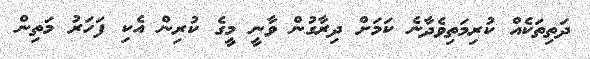
ދަތިތަކެއް ކުރިމަތިވެދާނެ ކަމަށް ދިރާގުން ވާނީ މީގެ ކުރިން އެކި ފަހަރު މަތިން